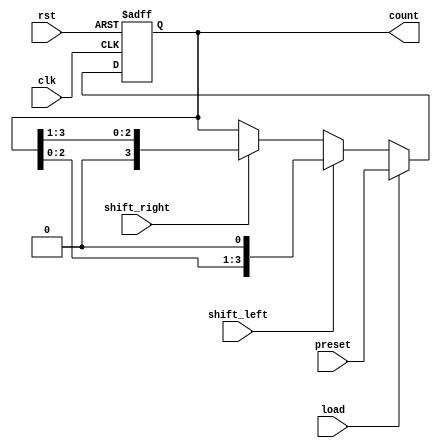
module AsyncShiftCounter (
    input wire clk,           // Clock signal
    input wire rst,           // Asynchronous reset
    input wire load,          // Load preset value
    input wire shift_left,    // Shift left control
    input wire shift_right,   // Shift right control
    input wire [3:0] preset,  // 4-bit preset value for loading
    output reg [3:0] count    // 4-bit output for counter
);

always @(posedge clk or posedge rst) begin
    if (rst) begin
        // Asynchronous reset
        count <= 4'b0000;
    end else if (load) begin
        // Load preset value
        count <= preset;
    end else if (shift_left) begin
        // Shift left operation
        count <= {count[2:0], 1'b0}; // Shift left and introduce a 0
    end else if (shift_right) begin
        // Shift right operation
        count <= {1'b0, count[3:1]}; // Shift right and introduce a 0
    end
    // Additional counting logic can be added here for count up/down if needed.
end

endmodule